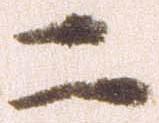
二